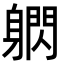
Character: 䠾